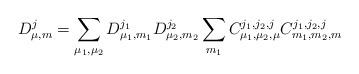
LaTeX: \begin{align*}D_{\mu,m}^{j}=\sum_{\mu_{1},\mu_{2}}D_{\mu_{1},m_{1}}^{j_{1}}D_{\mu_{2},m_{2}}^{j_{2}}\sum_{m_{1}}C_{\mu_{1},\mu_{2},\mu}^{j_{1},j_{2},j}C_{m_{1},m_{2},m}^{j_{1},j_{2},j}\end{align*}